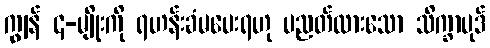
ကျွန် ၄-မျိုးကို ရဟန်းခံမပေးရဟု ပညတ်ထားသော သိက္ခာပုဒ်